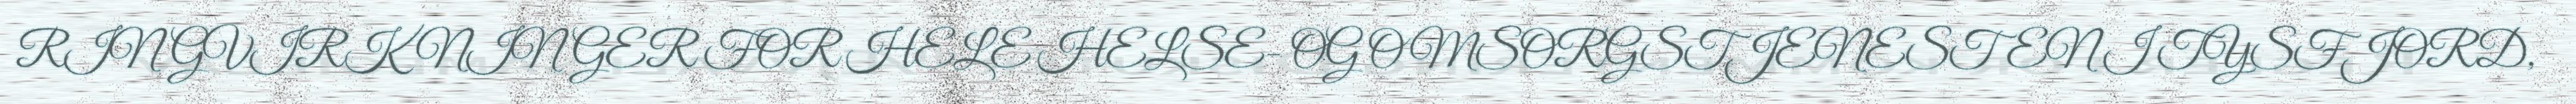
RINGVIRKNINGER FOR HELE HELSE- OG OMSORGSTJENESTEN I TYSFJORD,